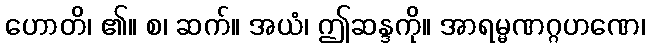
ဟောတိ၊ ၏။ စ၊ ဆက်။ အယံ၊ ဤဆန္ဒကို။ အာရမ္မဏဂ္ဂဟဏေ၊